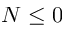
N \le 0